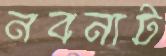
নবনাট